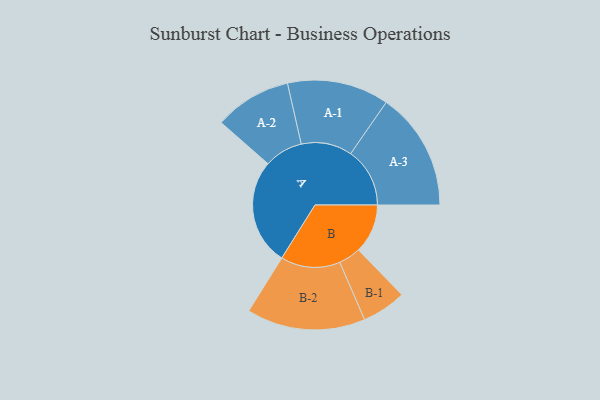
{"axis": {"x": "Segment", "y": "Value"}, "legend": ["", "A", "B"], "data": [{"x": "A", "y": 499, "type": ""}, {"x": "B", "y": 231, "type": ""}, {"x": "A-1", "y": 239, "type": "A"}, {"x": "A-2", "y": 181, "type": "A"}, {"x": "A-3", "y": 278, "type": "A"}, {"x": "B-1", "y": 104, "type": "B"}, {"x": "B-2", "y": 279, "type": "B"}]}